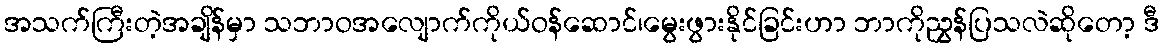
အသက်ကြီးတဲ့အချိန်မှာ သဘာဝအလျောက်ကိုယ်ဝန်ဆောင်၊မွေးဖွားနိုင်ခြင်းဟာ ဘာကိုညွှန်ပြသလဲဆိုတော့ ဒီ